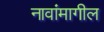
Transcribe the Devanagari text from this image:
नावांमागील